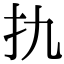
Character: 扏